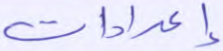
إعدادات